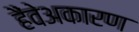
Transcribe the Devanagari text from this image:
हैंवेअकारण